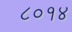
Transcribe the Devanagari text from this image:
८०१४